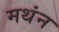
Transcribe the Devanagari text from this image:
मथंन